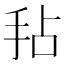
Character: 𫼜